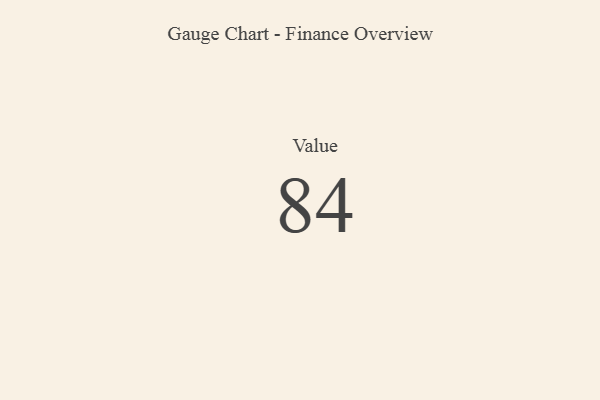
{"axis": {"x": "Metric", "y": "Value"}, "legend": [""], "data": [{"x": "Value", "y": 84, "type": ""}]}